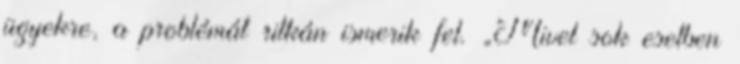
ügyekre, a problémát ritkán ismerik fel. „Mivel sok esetben